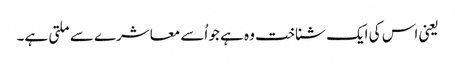
یعنی اس کی ایک شناخت وہ ہے جو اُسے معاشرے سے ملتی ہے۔